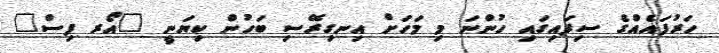
ހަރުފައެއްގެ ސިފައިގައި ހުންނަ މި މަހަށް އިނގިރޭސި ބަހުން ކިޔަނީ "އޯރ ފިސް"